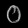
Digit: ၀